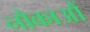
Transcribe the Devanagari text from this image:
नौकाआैं